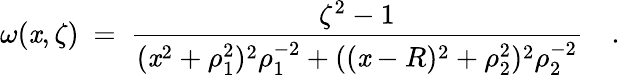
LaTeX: \omega(\mathit{x},\zeta)~=~{\frac{{\zeta^{2}-1}}{{(\mathit{x}^{2}+\rho_{1}^{2})^{2}\rho_{1}^{-2}+((\mathit{x}-R)^{2}+\rho_{2}^{2})^{2}\rho_{2}^{-2}}}}~~~~.